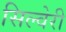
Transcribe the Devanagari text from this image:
सिल्वेरी